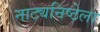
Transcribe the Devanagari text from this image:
नाट्यनिष्ठेला